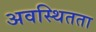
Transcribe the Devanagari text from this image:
अवस्थितता